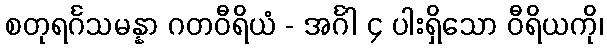
စတုရင်္ဂသမန္နာ ဂတဝီရိယံ - အင်္ဂါ ၄ ပါးရှိသော ဝီရိယကို၊